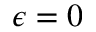
\epsilon = 0